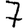
Digit: 7